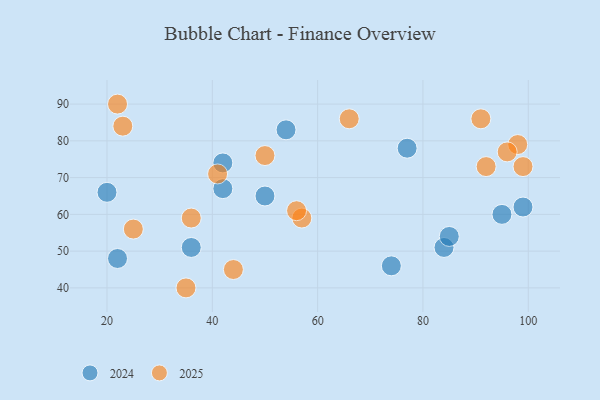
{"axis": {"x": "GDP", "y": "Life Expectancy"}, "legend": ["2024", "2025"], "data": [{"x": "54", "y": 83, "type": "2024"}, {"x": "95", "y": 60, "type": "2024"}, {"x": "36", "y": 51, "type": "2024"}, {"x": "84", "y": 51, "type": "2024"}, {"x": "20", "y": 66, "type": "2024"}, {"x": "77", "y": 78, "type": "2024"}, {"x": "99", "y": 62, "type": "2024"}, {"x": "42", "y": 67, "type": "2024"}, {"x": "74", "y": 46, "type": "2024"}, {"x": "50", "y": 65, "type": "2024"}, {"x": "85", "y": 54, "type": "2024"}, {"x": "22", "y": 48, "type": "2024"}, {"x": "42", "y": 74, "type": "2024"}, {"x": "50", "y": 76, "type": "2025"}, {"x": "44", "y": 45, "type": "2025"}, {"x": "92", "y": 73, "type": "2025"}, {"x": "98", "y": 79, "type": "2025"}, {"x": "66", "y": 86, "type": "2025"}, {"x": "35", "y": 40, "type": "2025"}, {"x": "91", "y": 86, "type": "2025"}, {"x": "57", "y": 59, "type": "2025"}, {"x": "36", "y": 59, "type": "2025"}, {"x": "41", "y": 71, "type": "2025"}, {"x": "22", "y": 90, "type": "2025"}, {"x": "56", "y": 61, "type": "2025"}, {"x": "99", "y": 73, "type": "2025"}, {"x": "25", "y": 56, "type": "2025"}, {"x": "23", "y": 84, "type": "2025"}, {"x": "96", "y": 77, "type": "2025"}]}